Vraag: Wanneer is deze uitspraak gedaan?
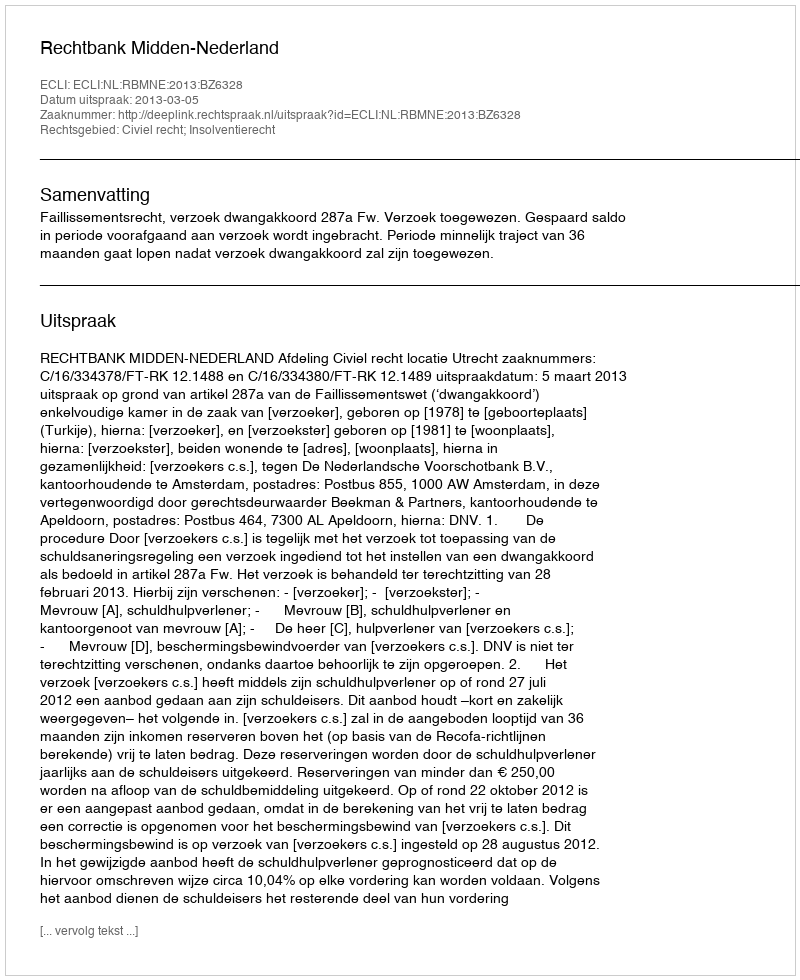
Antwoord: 2013-03-05